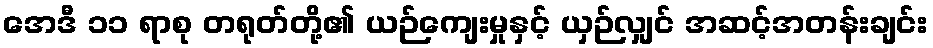
အေဒီ ၁၁ ရာစု တရုတ်တို့၏ ယဉ်ကျေးမှုနှင့် ယှဉ်လျှင် အဆင့်အတန်းချင်း